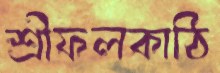
শ্রীফলকাঠি